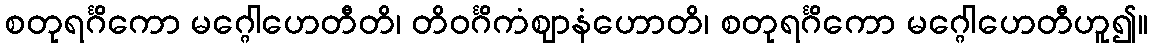
စတုရင်္ဂိကော မဂ္ဂေါဟေတီတိ၊ တိဝင်္ဂိကံဈာနံဟောတိ၊ စတုရင်္ဂိကော မဂ္ဂေါဟေတီဟူ၍။